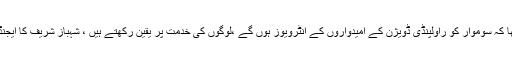
ان کا کہناتھا کہ سوموار کو راولپنڈی ڈویژن کے امیدواروں کے انٹرویوز ہوں گے ،لوگوں کی خدمت پر یقین رکھتے ہیں ، شہباز شریف کا ایجنڈا ترقی ہے۔